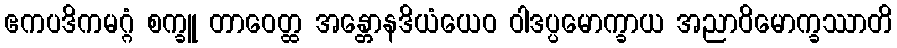
ဧကပဒိကမဂ္ဂံ စက္ခူ တာဝေတ္ထ အန္တောနဒိယံယေဝ ဝါဒပ္ပမောက္ခာယ အညာဝိမောက္ခဿာတိ